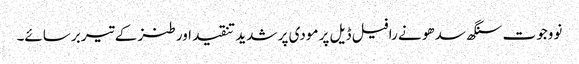
نووجوت سنگھ سدھو نے رافیل ڈیل پر مودی پر شدید تنقید اور طنز کے تیر برسائے۔